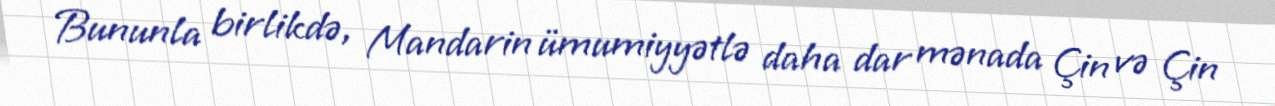
Bununla birlikdə, Mandarin ümumiyyətlə daha dar mənada Çin və Çin